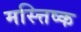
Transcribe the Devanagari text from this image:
मस्त्तिष्क